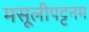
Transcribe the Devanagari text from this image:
मसूलीपट्टनम